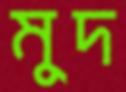
মুদ